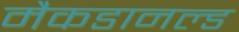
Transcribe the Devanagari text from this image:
मैकडानल्ड